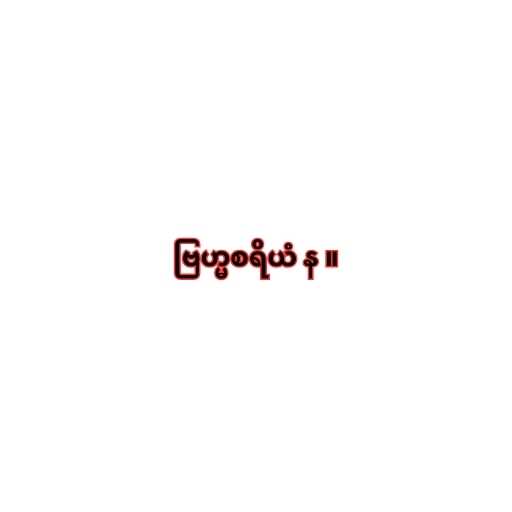
ဗြဟ္မစရိယံ န ။